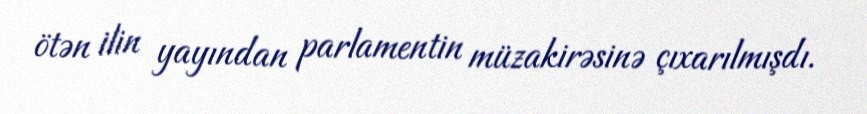
ötən ilin yayından parlamentin müzakirəsinə çıxarılmışdı.